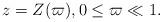
LaTeX: \begin{align*}z=Z(\varpi), 0\leq \varpi\ll 1.\end{align*}